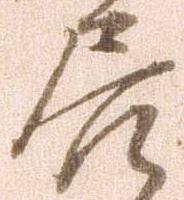
居